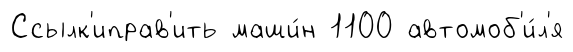
Ссылк'иправ'ить маши́н 1100 автомоб'и́л'я